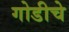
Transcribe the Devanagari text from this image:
गोडीचे